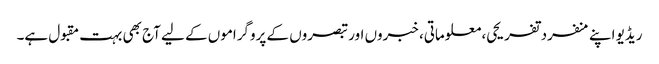
ریڈیو اپنے منفرد تفریحی، معلوماتی، خبروں اور تبصروں کے پروگراموں کے لیے آج بھی بہت مقبول ہے۔